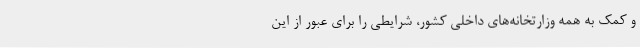
و کمک به همه وزارتخانه‌های داخلی کشور، شرایطی را برای عبور از این